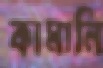
কামানি